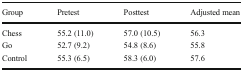
| Group | Pretest | Posttest | Adjusted mean |
 | --- | --- | --- | --- |
 | Chess | 55.2 (11.0) | 57.0 (10.5) | 56.3 |
 | Go | 52.7 (9.2) | 54.8 (8.6) | 55.8 |
 | Control | 55.3 (6.5) | 58.3 (6.0) | 57.6 |